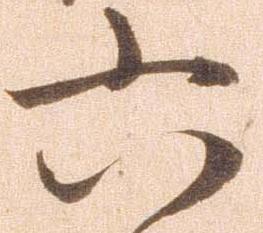
六